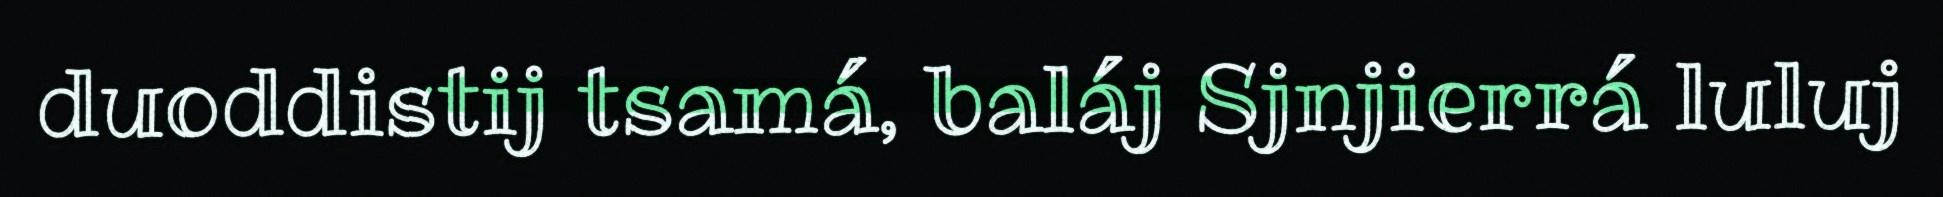
duoddistij tsamá, baláj Sjnjierrá luluj